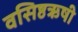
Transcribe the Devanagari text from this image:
वसिष्ठऋषी